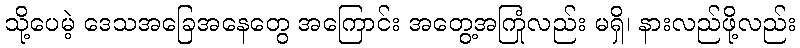
သို့ပေမဲ့ ဒေသအခြေအနေတွေ အကြောင်း အတွေ့အကြုံလည်း မရှိ၊ နားလည်ဖို့လည်း